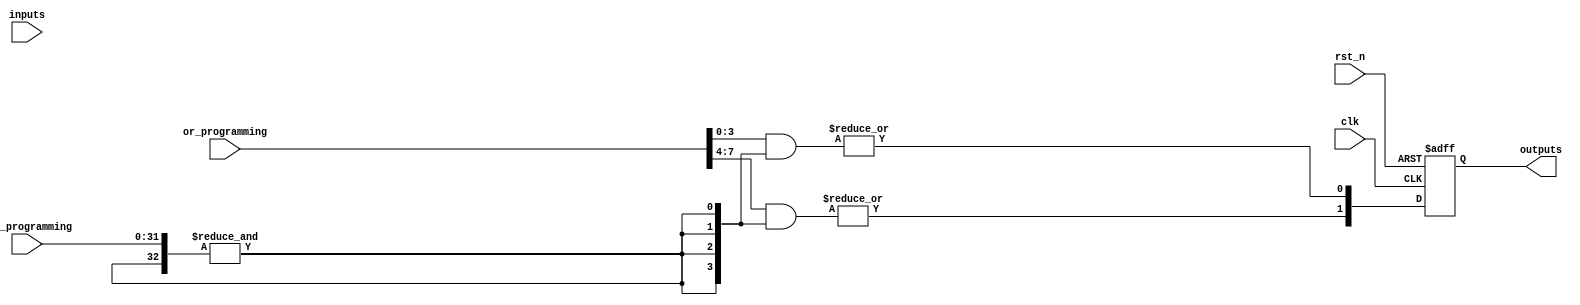
module RPAL #(
    parameter NUM_AND_GATES = 4,
    parameter NUM_OR_GATES = 2,
    parameter NUM_INPUTS = 8,
    parameter NUM_OUTPUTS = 2
)(
    input  wire clk,                    // Clock signal
    input  wire rst_n,                  // Active low reset
    input  wire [NUM_INPUTS-1:0] inputs, // Primary inputs
    input  wire [NUM_AND_GATES*NUM_INPUTS-1:0] and_programming, // Programming for AND gates
    input  wire [NUM_OR_GATES*NUM_AND_GATES-1:0] or_programming, // Programming for OR gates
    output reg [NUM_OUTPUTS-1:0] outputs // Registered outputs
);

    // Internal signals for AND gate outputs
    wire [NUM_AND_GATES-1:0] and_outputs;

    // Generate AND gates based on programming
    genvar i, j;
    generate
        for (i = 0; i < NUM_AND_GATES; i = i + 1) begin : and_gate
            wire [NUM_INPUTS-1:0] and_inputs;
            assign and_inputs = and_programming[i*NUM_INPUTS +: NUM_INPUTS];
            assign and_outputs[i] = &({and_inputs, and_outputs}); // AND operation with feedback
        end
    endgenerate

    // Internal signals for OR gate outputs
    wire [NUM_OR_GATES-1:0] or_outputs;

    // Generate OR gates based on programming
    generate
        for (j = 0; j < NUM_OR_GATES; j = j + 1) begin : or_gate
            wire [NUM_AND_GATES-1:0] or_inputs;
            assign or_inputs = or_programming[j*NUM_AND_GATES +: NUM_AND_GATES];
            assign or_outputs[j] = |(or_inputs & and_outputs); // OR operation
        end
    endgenerate

    // Register outputs
    always @(posedge clk or negedge rst_n) begin
        if (!rst_n) begin
            outputs <= 0; // Reset output
        end else begin
            outputs <= or_outputs; // Store OR outputs in registers
        end
    end

endmodule